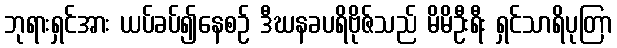
ဘုရားရှင်အား ယပ်ခပ်၍နေစဉ် ဒီဃနခပရိဗိုဇ်သည် မိမိဦးရီး ရှင်သာရိပုတြာ